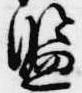
監